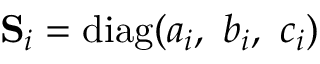
{ \mathbf S _ { i } } = \mathrm { d i a g } ( a _ { i } , ~ b _ { i } , ~ c _ { i } )